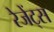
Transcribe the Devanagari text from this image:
रेजेंट्स